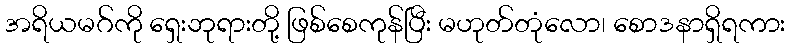
အရိယမဂ်ကို ရှေးဘုရားတို့ ဖြစ်စေကုန်ပြီး မဟုတ်တုံလော၊ စောဒနာရှိရကား